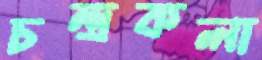
চন্দ্রকলা